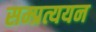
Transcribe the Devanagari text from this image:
सम्प्रत्ययन